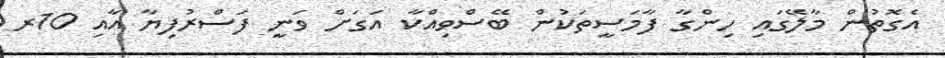
އެގޮތުން މާލޭގައި ހިންގާ ފާމަސީތަކުން ބޭސްވިއްކާ އަގަށް ވަނީ ފަސްރުފިޔާ އާއި 10ރ